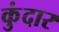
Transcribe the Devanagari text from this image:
कुंदार